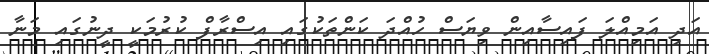
އަދި އަމިއްލަ ފައިސާއިން ވިޔަސް ހުއްދަ ކަންތަކުގައި އިސްރާފް ކުރުމަކީ ދީނުގައި މަނާ